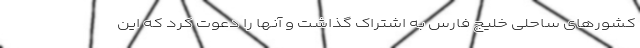
کشورهای ساحلی خلیج فارس به اشتراک گذاشت و آنها را دعوت کرد که این